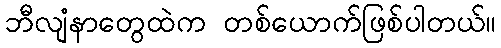
ဘီလျံနာတွေထဲက တစ်ယောက်ဖြစ်ပါတယ်။